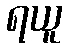
ရယူ